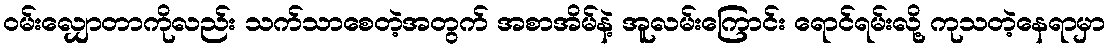
ဝမ်းလျှောတာကိုလည်း သက်သာစေတဲ့အတွက် အစာအိမ်နဲ့ အူလမ်းကြောင်း ရောင်ရမ်းလို့ ကုသတဲ့နေရာမှာ